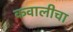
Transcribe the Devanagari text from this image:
कवालीचा